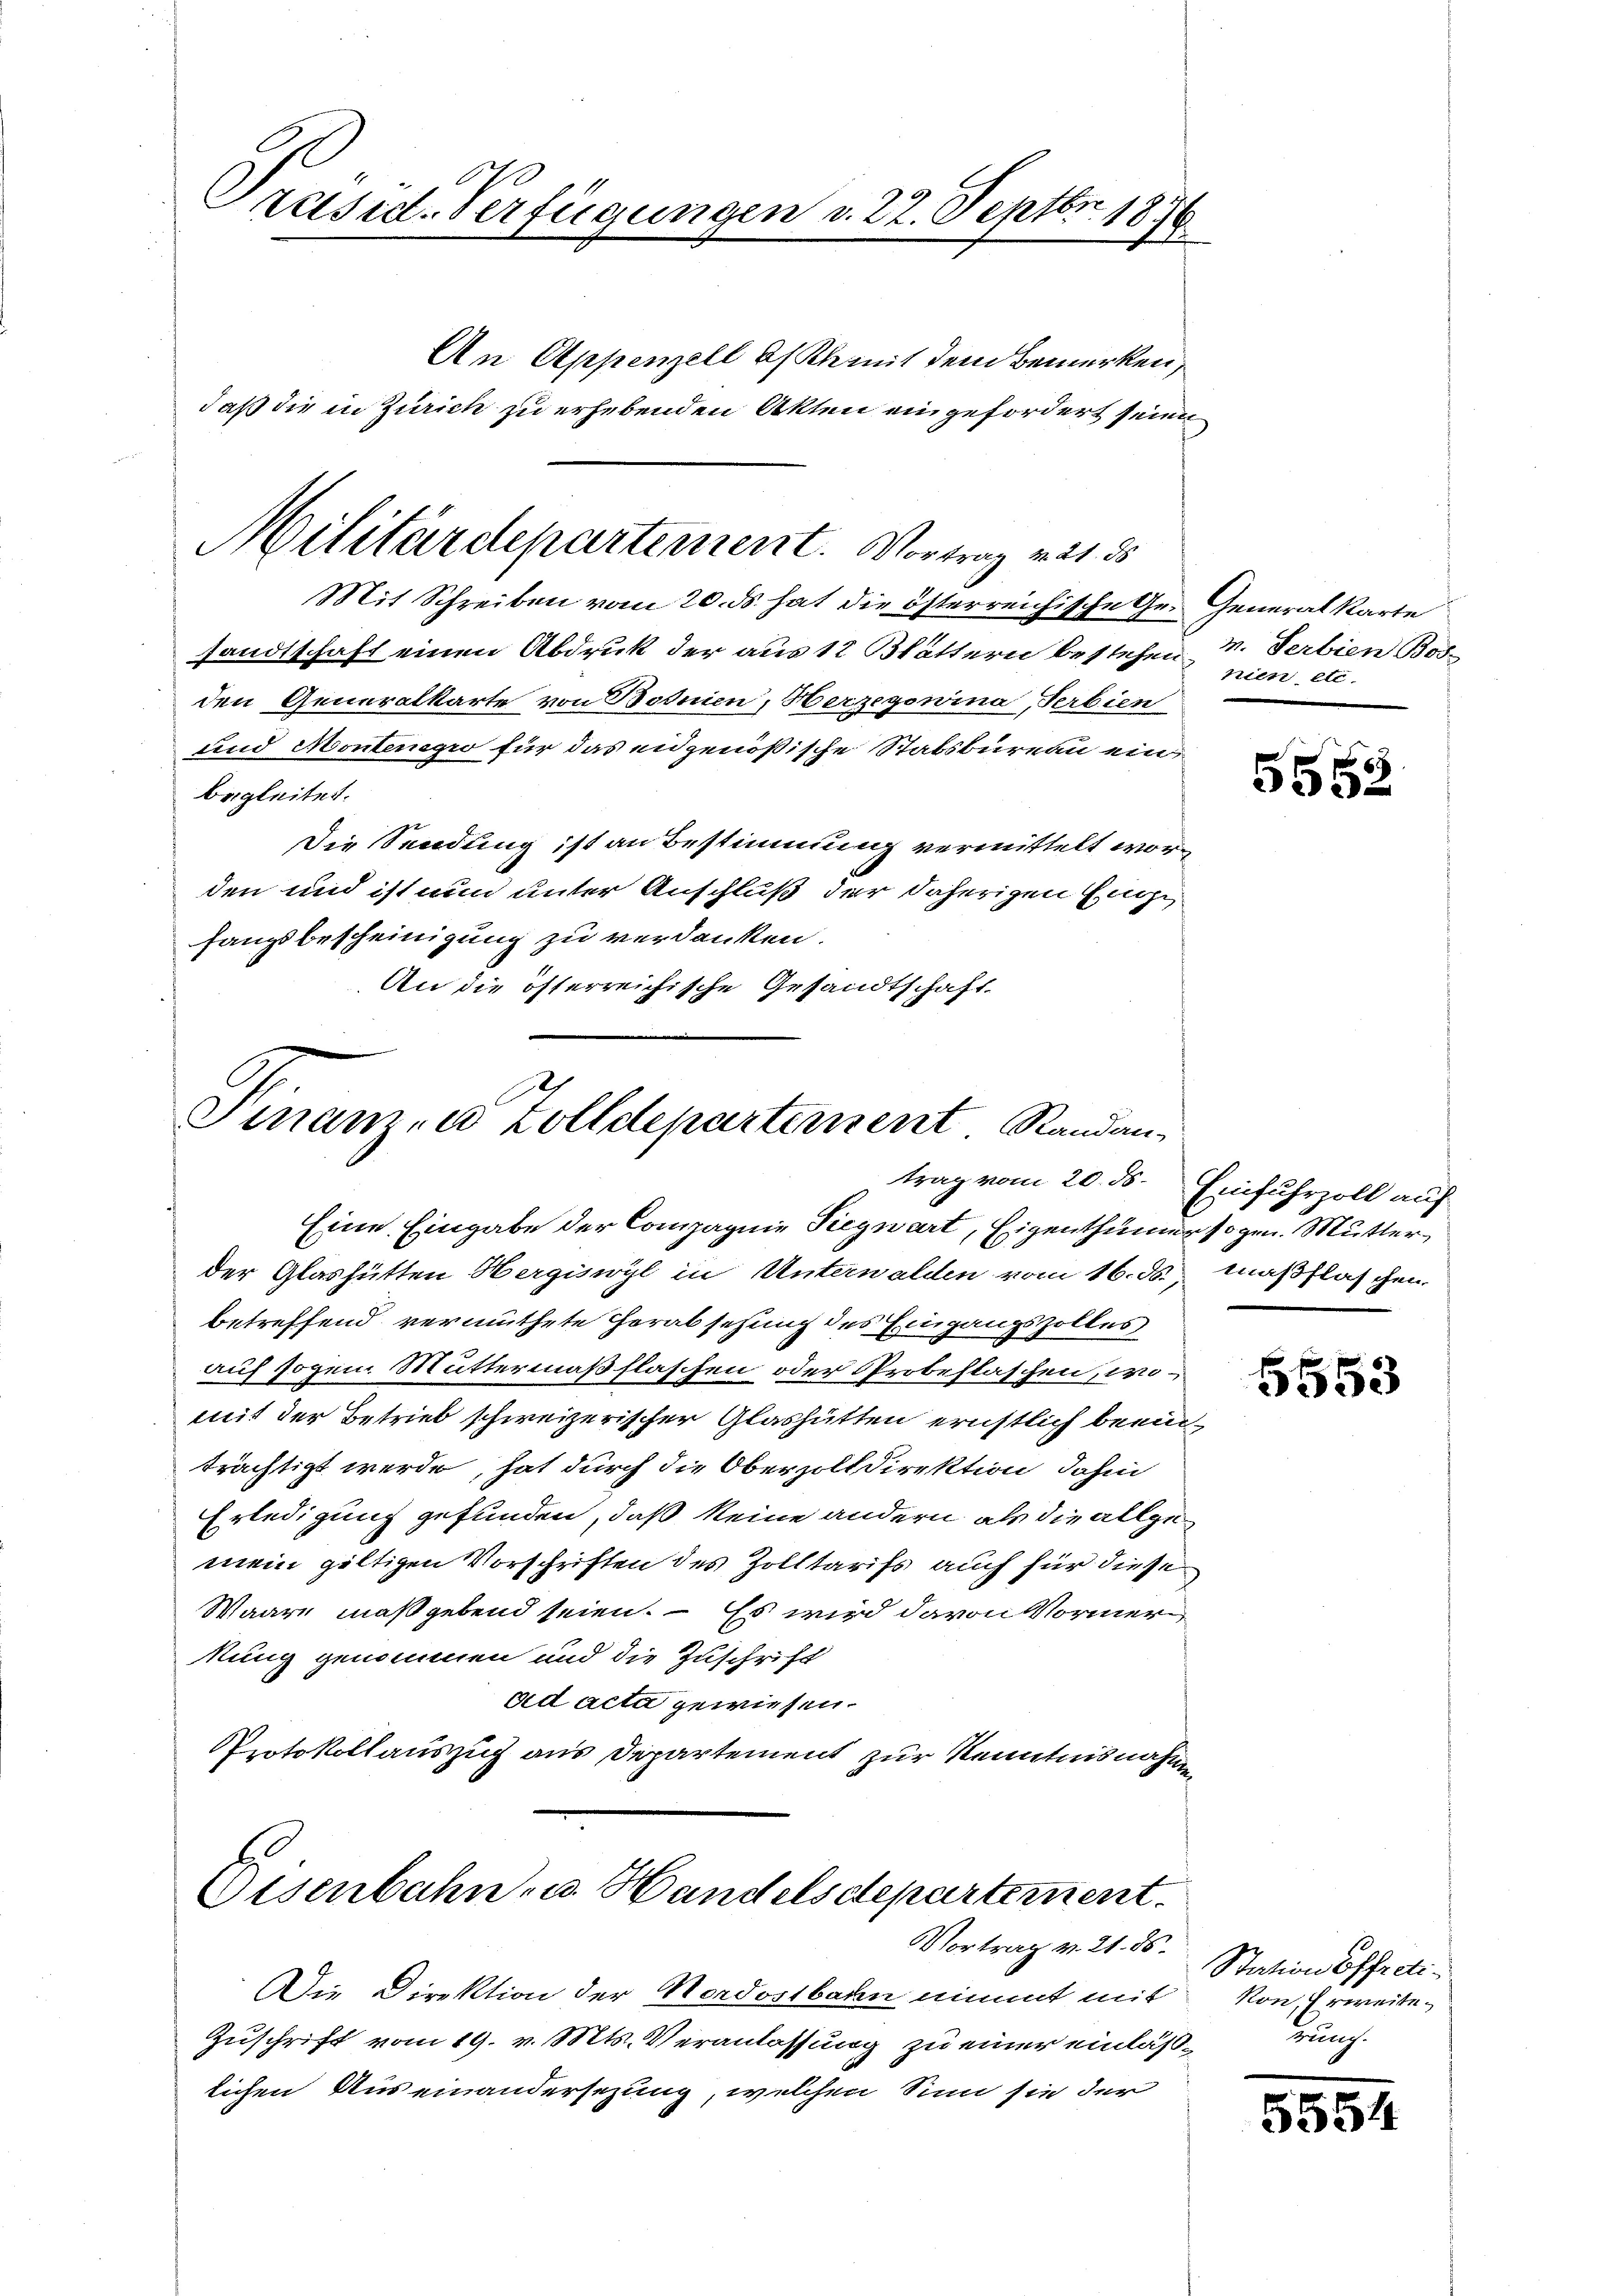
Preisest. Verfügungen v. 22. Septbr. 1876
2
An Appenzell A/Rh mit dem Bemerken,
daß die in Zürich zu erhebenden Akten eingefordert seien

Militärdepartement. Vortrag mit d

Mit Schreiben vom 20. ds hat die österreichische Ge- Generalkarte
sandtschaft einen Abdruk der aus 12 Blättern bestehen M. Serbien Bosden Generalkarte von Bosnien, Herzegowina, Serbien
und Montenegro für das eidgenößische Stabsbureau eine
begleitet.
Die Sendung ist an Bestimmung vermittelt worden und ist nun unter Anschluß der daherigen Engfangsbescheinigung zu verdanken.
An die österreichische Gesandtschaft

J
Finanza Zolldepartement Randan

Eisenbahn- u. Handelsdepartement.
Vortrag v. 21. ds.

Eine Eingabe der Compagnie Siegwart, Eigenthümer sogen. Mutter
der Glashütten Hergiswyl in Unterwalden vom 16. ds., Maßflaschen
betreffend vermuthete Horabsetzung des Eingangszolles
auf sogen Muttermaßflaschen oder Probeftaschen, womit der Betrieb schweizerischer Glashütten ernstlich beeinträchtigt werde, hat durch die Oberzolldirektion dahin
Erledigung gefunden, daß keine andern als die allgemein gültigen Vorschriften des Zolltarifs auch für diese
Waare maßgebend seien. – Es wird davon Vormer
kung genommen und die Zuschrift
eid acta gewiesen.
Protokollauszug aus Departement zur Kenntnisnahme

Die Direktion der Nordostbann nimmt mit
Zuschrift vom 19. v. Mts. Veranlassung zu einer einläßlichen Auseinandersezung, welchen Sinn sie der

nien etc.

5552

trag vom 20. ds. Einfuhrzoll auf

5553

Station offedi¬
Non, Erweite.
rung.

5554